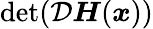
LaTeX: \operatorname*{det}(\mathcal{D}\boldsymbol{H}(\boldsymbol{x}))